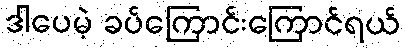
ဒါပေမဲ့ ခပ်ကြောင်းကြောင်ရယ်